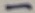
Text: -